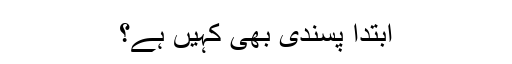
ابتدا پسندی بھی کہیں ہے؟